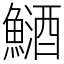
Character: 鿐